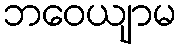
ဘဝေယျာမ